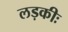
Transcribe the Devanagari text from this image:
लड़कीः